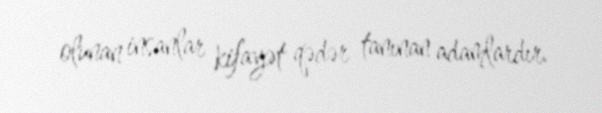
olunan insanlar kifayət qədər tanınan adamlardır.